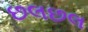
છલછલ